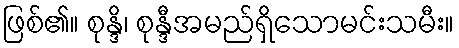
ဖြစ်၏။ စုန္ဒိ၊ စုန္ဒီအမည်ရှိသောမင်းသမီး။